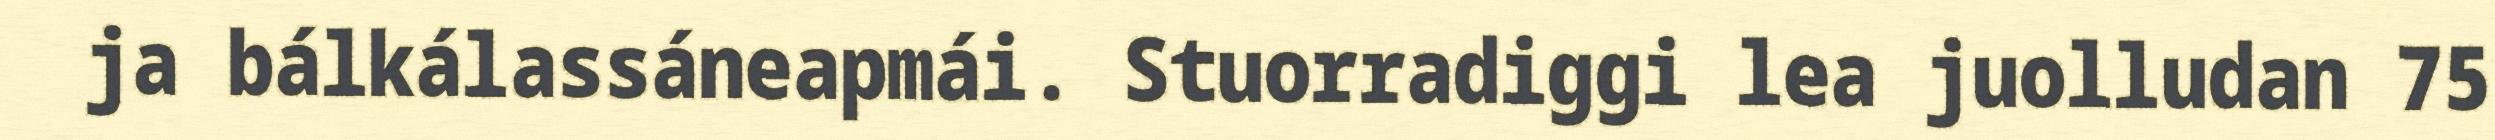
ja bálkálassáneapmái. Stuorradiggi lea juolludan 75